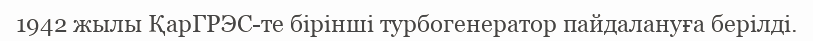
1942 жылы ҚарГРЭС-те бірінші турбогенератор пайдалануға берілді.